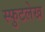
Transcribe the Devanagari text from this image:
स्फुटलेख